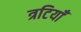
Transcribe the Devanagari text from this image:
त्रटियाँ